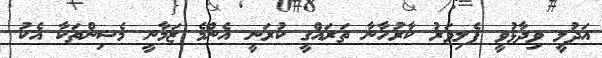
އަދުލީ ވިދާޅުވީ ފެލިވަރު ކާރުހާނާ ތަރައްގީ ކުރަނީ އެންމެ ޒަމާނީ މެޝިންތަކާ އެކު